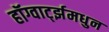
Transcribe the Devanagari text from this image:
हॉग्वार्ट्झमधुन